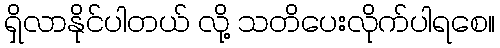
ရှိလာနိုင်ပါတယ် လို့ သတိပေးလိုက်ပါရစေ။